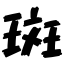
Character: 斑